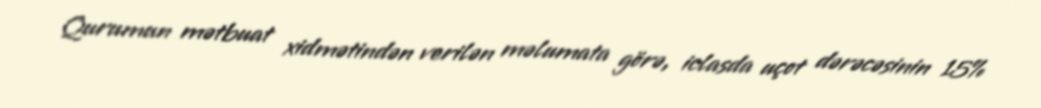
Qurumun mətbuat xidmətindən verilən məlumata görə, iclasda uçot dərəcəsinin 15%